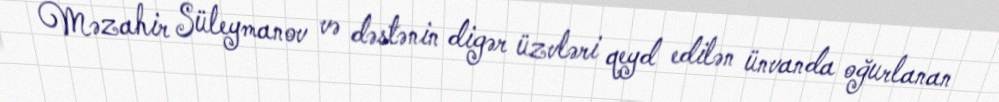
Məzahir Süleymanov və dəstənin digər üzvləri qeyd edilən ünvanda oğurlanan